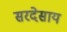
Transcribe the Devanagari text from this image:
सरदेसाय